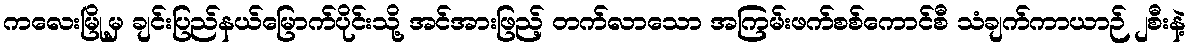
ကလေးမြို့မှ ချင်းပြည်နယ်မြောက်ပိုင်းသို့ အင်အားဖြည့် တက်လာသော အကြမ်းဖက်စစ်ကောင်စီ သံချက်ကာယာဉ် ၂စီးနဲ့